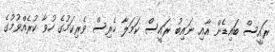
ރައީސް ބައިޑެން އާއި ނައިބު ރައީސް ކަމަލާ ހެރިސް ވެރިކަމުގެ ހުވާ ކުރެއްވުމުގެ